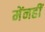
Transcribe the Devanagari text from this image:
मेंनहीं